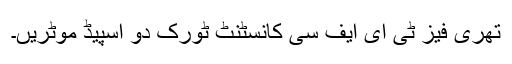
تھری فیز ٹی ای ایف سی کانسٹنٹ ٹورک دو اسپیڈ موٹریں۔